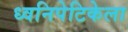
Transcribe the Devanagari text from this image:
ध्वनिपेटिकेला